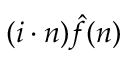
( i \cdot n ) { \hat { f } } ( n )